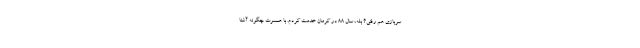
سربازی هم رفتی؟ بله، سال ۸۸ در کرمان خدمت کردم. با همسرت چگونه آشنا